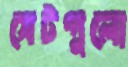
সেটগুলো